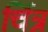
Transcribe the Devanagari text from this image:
र्चित्र